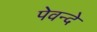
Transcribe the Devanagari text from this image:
पेवन्दे